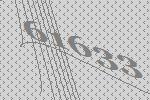
61633